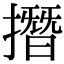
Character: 撍